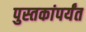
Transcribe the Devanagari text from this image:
पुस्तकांपर्यंत